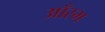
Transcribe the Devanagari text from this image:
आँरभ